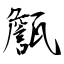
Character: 甔